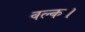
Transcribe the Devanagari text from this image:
वल्क।